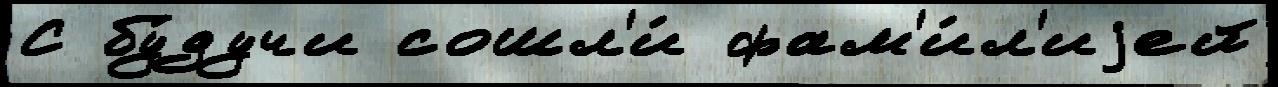
С бу́дучи сошл'и́ фам'и́л'иjей